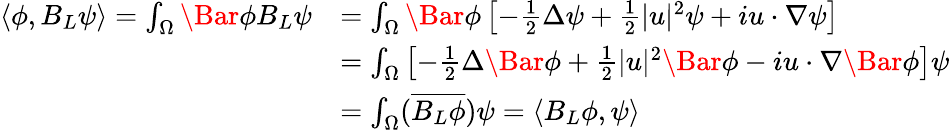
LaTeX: \begin{array}{rl}{\langle\phi,B_{L}\psi\rangle=\int_{\Omega}\Bar{\phi}B_{L}\psi}&{=\int_{\Omega}\Bar{\phi}\left[-\frac{1}{2}\Delta\psi+\frac{1}{2}\lvert u\rvert^{2}\psi+iu\cdot\nabla\psi\right]}\\ &{=\int_{\Omega}\left[-\frac{1}{2}\Delta\Bar{\phi}+\frac{1}{2}\lvert u\rvert^{2}\Bar{\phi}-iu\cdot\nabla\Bar{\phi}\right]\psi}\\ &{=\int_{\Omega}(\overline{{B_{L}\phi}})\psi=\langle B_{L}\phi,\psi\rangle}\end{array}